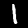
Label: 1